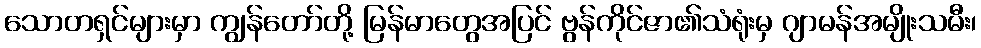
သောတရှင်များမှာ ကျွန်တော်တို့ မြန်မာတွေအပြင် ဗွန်ကိုင်ဇာ၏သံရုံးမှ ဂျာမန်အမျိုးသမီး၊